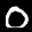
Label: 0